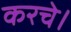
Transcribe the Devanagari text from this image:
करचे।